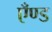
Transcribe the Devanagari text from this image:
एँण्ड